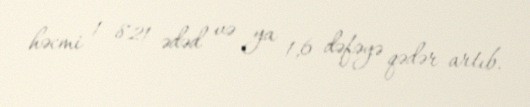
həcmi 1 821 ədəd və ya 1,6 dəfəyə qədər artıb.